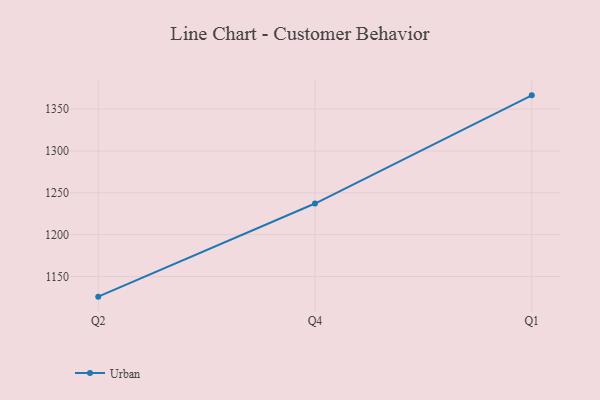
{"axis": {"x": "Quarter", "y": "Inventory Turnover"}, "legend": ["Urban"], "data": [{"x": "Q2", "y": 1125.9, "type": "Urban"}, {"x": "Q4", "y": 1237.2, "type": "Urban"}, {"x": "Q1", "y": 1366.5, "type": "Urban"}]}